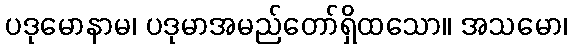
ပဒုမောနာမ၊ ပဒုမာအမည်တော်ရှိထသော။ အသမော၊